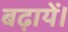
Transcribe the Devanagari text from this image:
बढ़ायें।